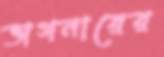
ভাগনারের